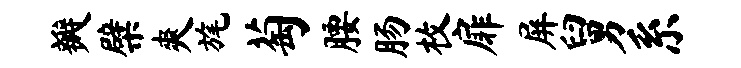
瓣檗爽旄萄腰肠枚扉屏舅系